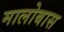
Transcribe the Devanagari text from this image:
मालोबास